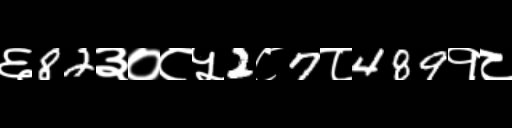
Text: ६82३०८५2८7८489१८